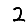
Digit: 2